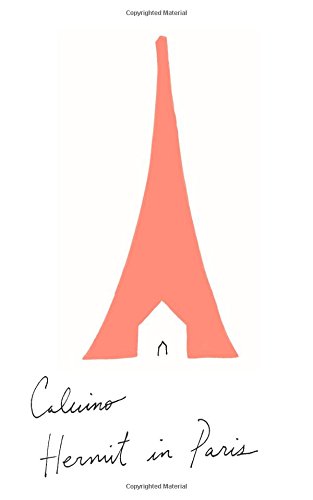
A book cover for Hermit in Paris: Autobiographical Writings; Italo Calvino; Literature & Fiction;